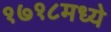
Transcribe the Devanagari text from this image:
१७१८मध्ये